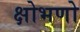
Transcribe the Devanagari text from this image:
क्षोभणो